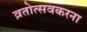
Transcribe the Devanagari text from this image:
व्रतोत्सवकरना